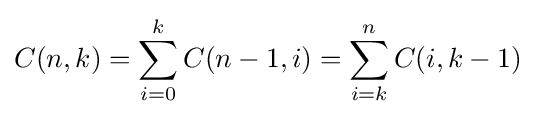
C(n,k)=\sum _{i=0}^{k}C(n-1,i)=\sum _{i=k}^{n}C(i,k-1)